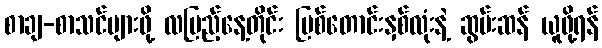
စာချ-စာသင်များဖို့ လပြည့်နေ့တိုင်း ပြစ်တောင်းနှစ်လုံးနဲ့ ဆွမ်းဆန် ယူဖို့ရန်